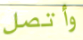
وأتصل